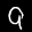
Label: 9